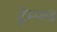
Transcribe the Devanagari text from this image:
ट्रेम्प्ल्ड